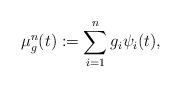
LaTeX: \begin{align*}\mu^n_g(t) := \sum_{i=1}^ng_i\psi_i(t), \end{align*}